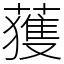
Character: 𫉬